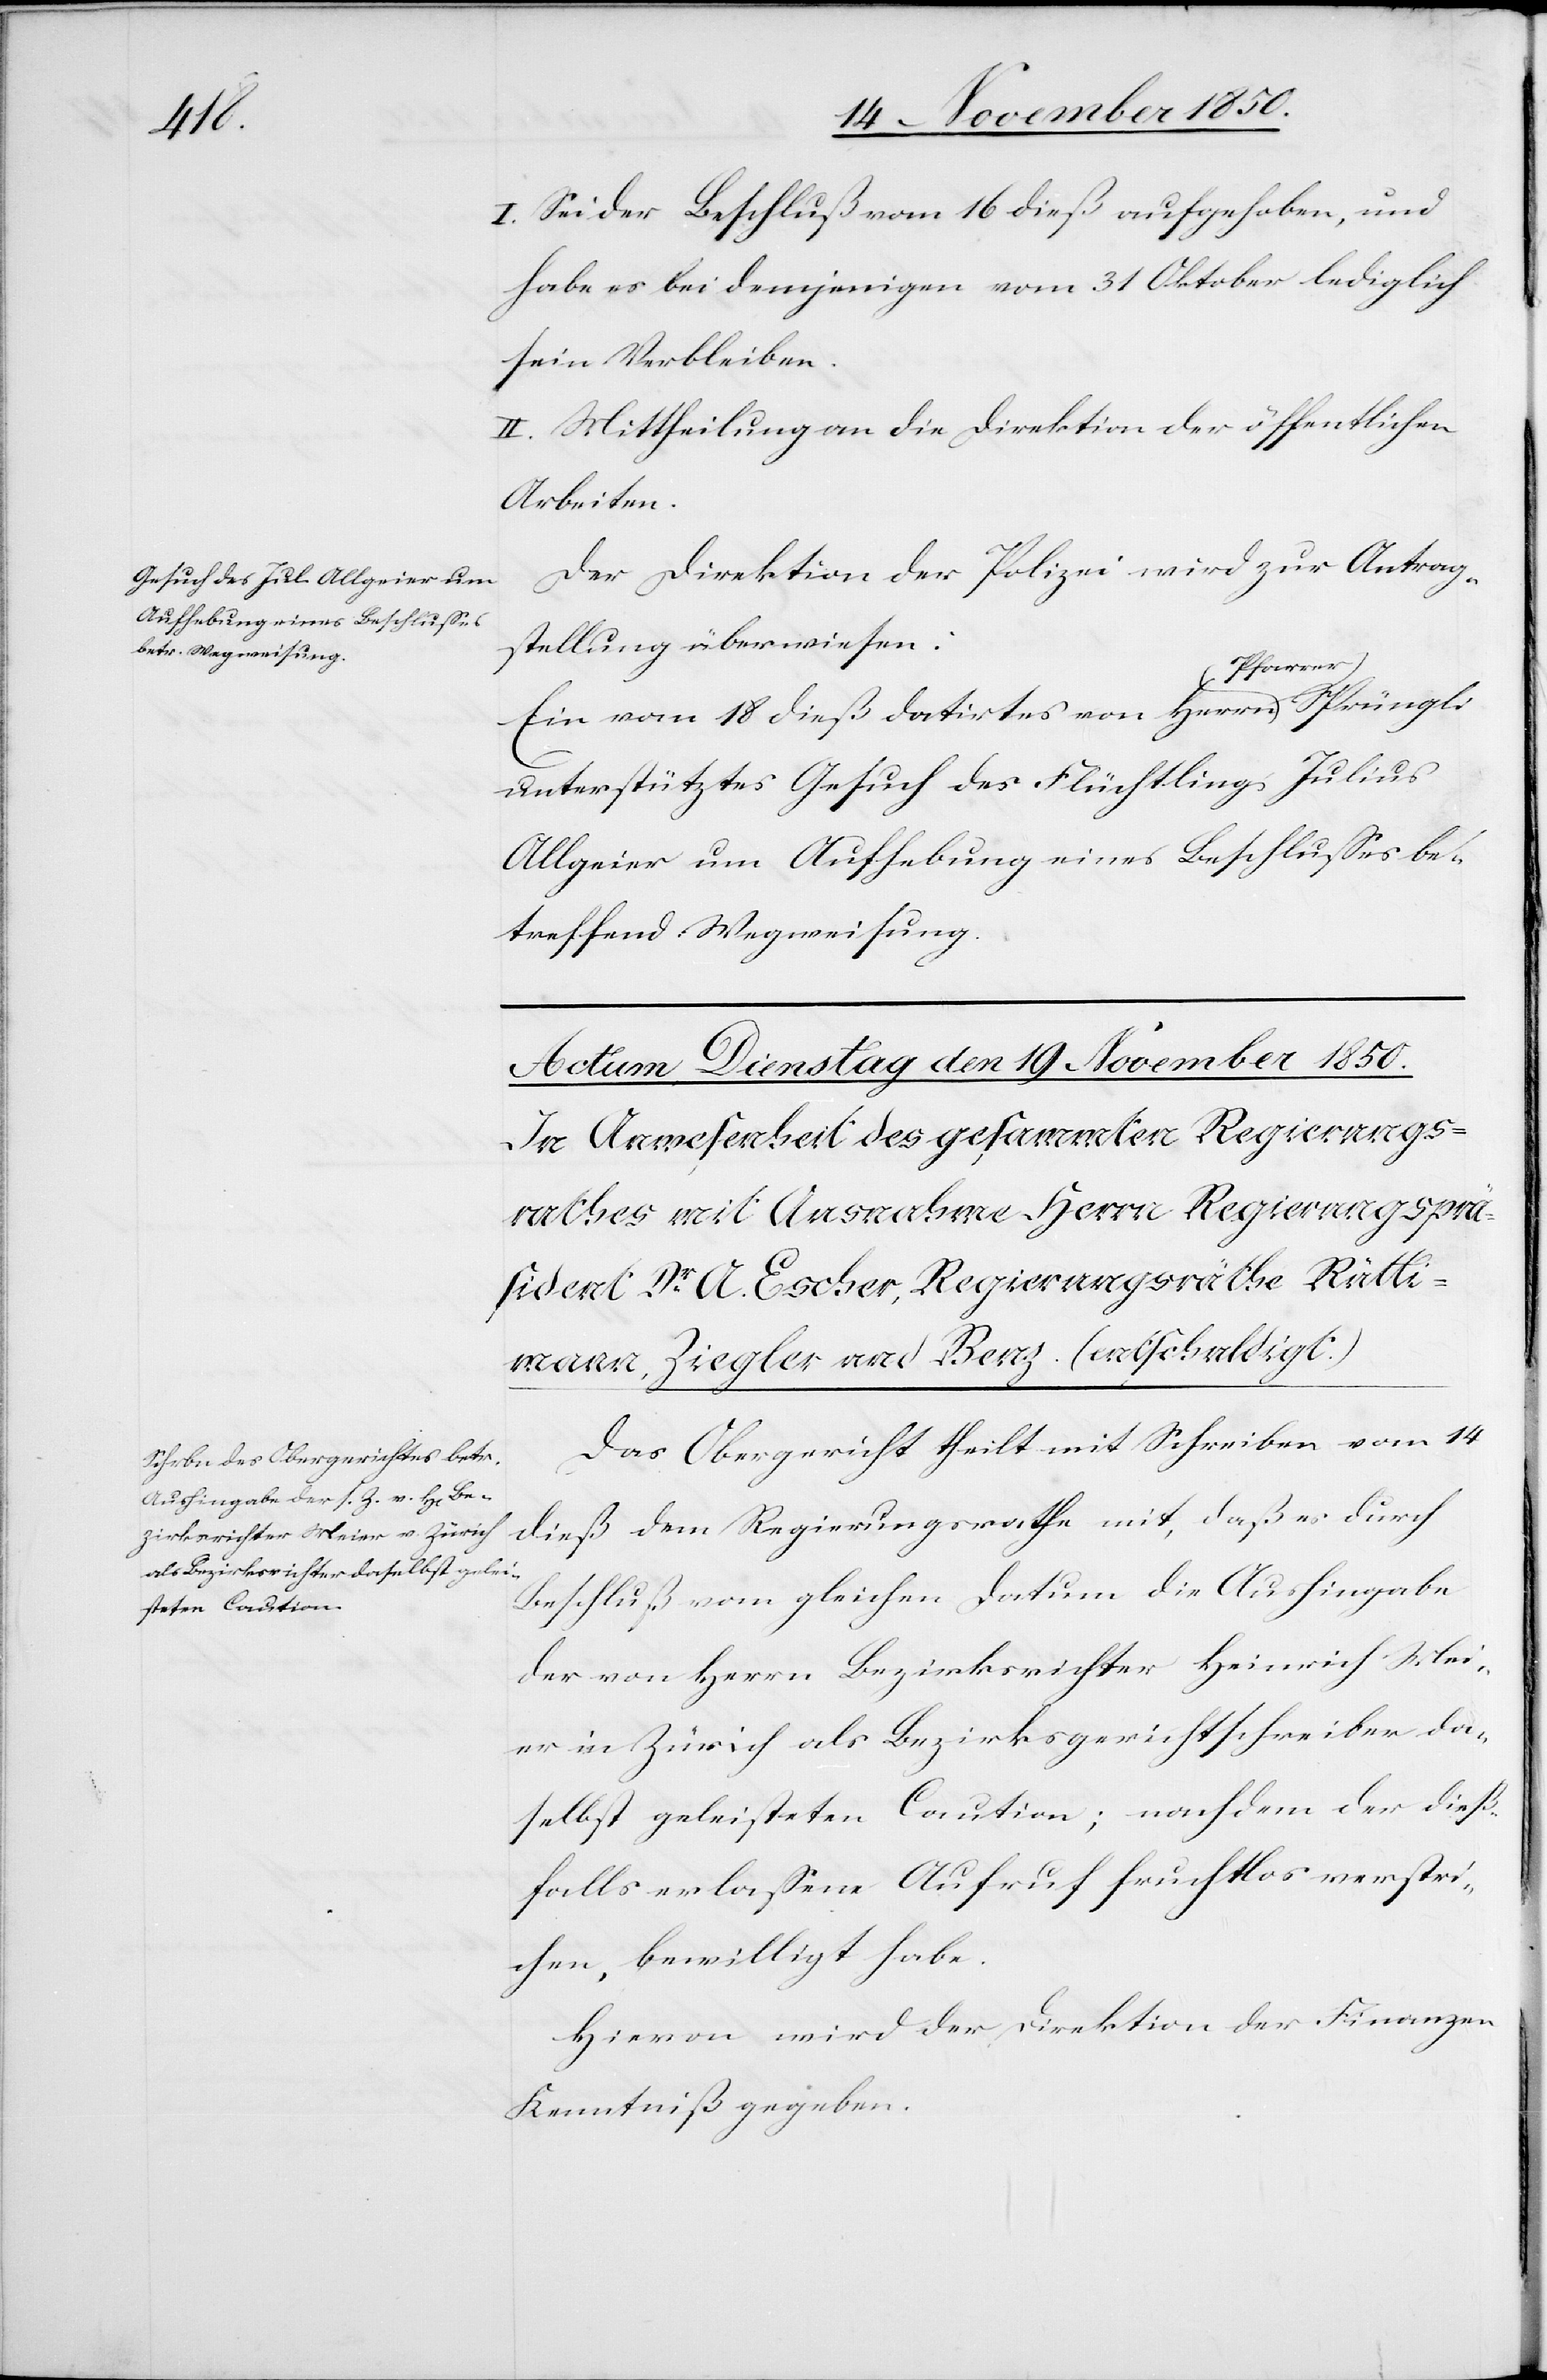
18 November 1850.]
I. Sei der Beschluß vom 16 dieß aufgehoben, und
habe es bei demjenigen vom 31 Oktober lediglich
sein Verbleiben.
II. Mittheilung an die Direktion der öffentlichen
Arbeiten.
Der Direktion der Polizei wird zur Antrag¬
stellung überwiesen:
Ein vom 18 dieß datirtes von Herrn Pfarrer
unterstütztes Gesuch des Flüchtlings Julius
Allgeier um Aufhebung eines Beschlusses be¬
treffend Wegweisung.
Das Obergericht theilt mit Schreiben vom 14
dieß dem Regierungsrathe mit, daß es durch
Beschluß vom gleichen Datum die Aushingabe
der von Herrn Bezirksrichter Heinrich Mei¬
er in Zürich als Bezirksgerichtschreiber da¬
selbst geleisteten Caution; nachdem der dieß¬
falls erlassene Aufruf fruchtlos verstri¬
chen, bewilligt habe.
Hievon wird der Direktion der Finanzen
Kenntniß gegeben.